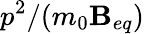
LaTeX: p^{2}/(m_{0}\mathbf{B}_{eq})